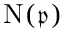
\mathrm { { N } } ( { \mathfrak { p } } )